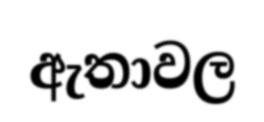
ඇතාවල